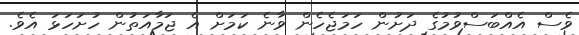
ވެސް އެއްބަސްވުމުގެ ދަށުން ހަމަޖެހެން ވާނެ ކަމަށް އެ ޖަމާއަތުން ހުށަހަޅަ އެވެ.